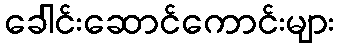
ခေါင်းဆောင်ကောင်းများ